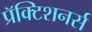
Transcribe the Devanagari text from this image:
प्रॅक्टिशनर्स